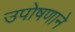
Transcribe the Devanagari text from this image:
उपोषणाने